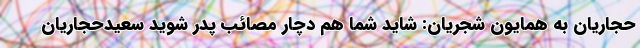
حجاریان به همایون شجریان: شاید شما هم دچار مصائب پدر شوید سعیدحجاریان